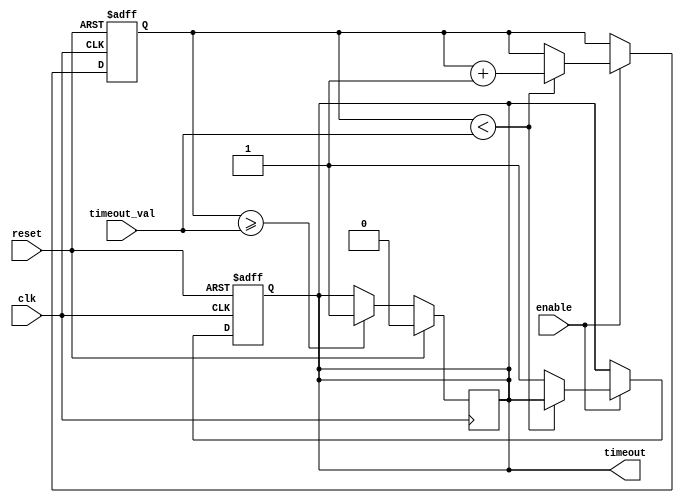
module TimeoutCounter (
    input wire clk,              // Clock input
    input wire reset,            // Asynchronous reset input
    input wire enable,           // Enable input to control counting
    input wire [7:0] timeout_val, // Time-out value (8 bits)
    output reg timeout           // Timeout output signal
);

    reg [7:0] counter;           // 8-bit counter register

    // Asynchronous reset and counter control
    always @(posedge clk or posedge reset) begin
        if (reset) begin
            counter <= 8'd0;      // Reset counter to zero
            timeout <= 1'b0;      // Clear timeout signal
        end else begin
            if (enable) begin
                if (counter < timeout_val) begin
                    counter <= counter + 1; // Increment counter
                end else begin
                    timeout <= 1'b1; // Assert timeout when counter reaches value
                end
            end
        end
    end

    // Reset timeout output if counter resets
    always @(posedge clk) begin
        if (reset)
            timeout <= 1'b0;        // Clear timeout output on reset
        else if (counter >= timeout_val)
            timeout <= 1'b1;        // Keep timeout asserted until reset
    end

endmodule